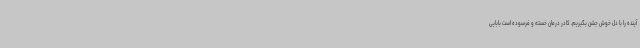
آینده را با دل خوش جشن بگیریم. کادر درمان خسته و فرسوده است بابایی